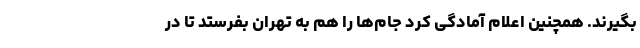
بگیرند. همچنین اعلام آمادگی کرد جام‌ها را هم به تهران بفرستد تا در